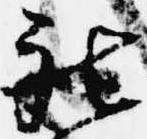
被